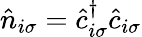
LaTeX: \hat{n}_{i\sigma}=\hat{c}_{i\sigma}^{\dagger}\hat{c}_{i\sigma}